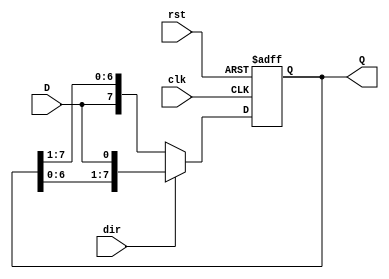
module shift_register #(
    parameter N = 8  // Width of the shift register
)(
    input wire clk,          // Clock signal
    input wire rst,          // Asynchronous reset
    input wire D,            // Data input
    input wire dir,          // Shift direction (1 for left, 0 for right)
    output reg [N-1:0] Q     // Data output
);

    // Always block triggered on the rising edge of the clock or reset
    always @(posedge clk or posedge rst) begin
        if (rst) begin
            // Reset the shift register to 0
            Q <= {N{1'b0}};
        end else begin
            // Shift operation based on direction
            if (dir) begin
                // Shift left: Q[N-1:1] = Q[N-2:0], Q[0] = D
                Q <= {Q[N-2:0], D};
            end else begin
                // Shift right: Q[N-2:0] = Q[N-1:1], Q[N-1] = D
                Q <= {D, Q[N-1:1]};
            end
        end
    end

endmodule